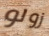
زولو